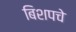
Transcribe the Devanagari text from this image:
बिशपचे